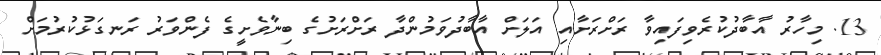
13. މިހާރު އާބާދުކުރެވިފައިވާ ރަށްރަށާއި އަލަށް އާބާދުވަމުންދާ ރަށްރަށުގެ ބިނާވެށީގެ ފެންވަރު ރަނގަޅުކުރުމަށް